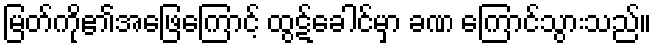
မြတ်ကို၏အဖြေကြောင့် ထွဋ်ခေါင်မှာ ခဏ ကြောင်သွားသည်။